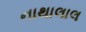
નાથાલાલ